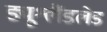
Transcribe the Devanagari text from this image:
ड्यूश्लैंडलेड